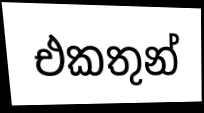
එකතුන්